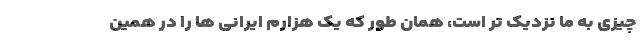
چیزی به ما نزدیک تر است، همان طور که یک هزارم ایرانی ها را در همین